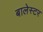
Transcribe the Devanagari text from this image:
बालेस्टर